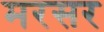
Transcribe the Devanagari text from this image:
मरसर